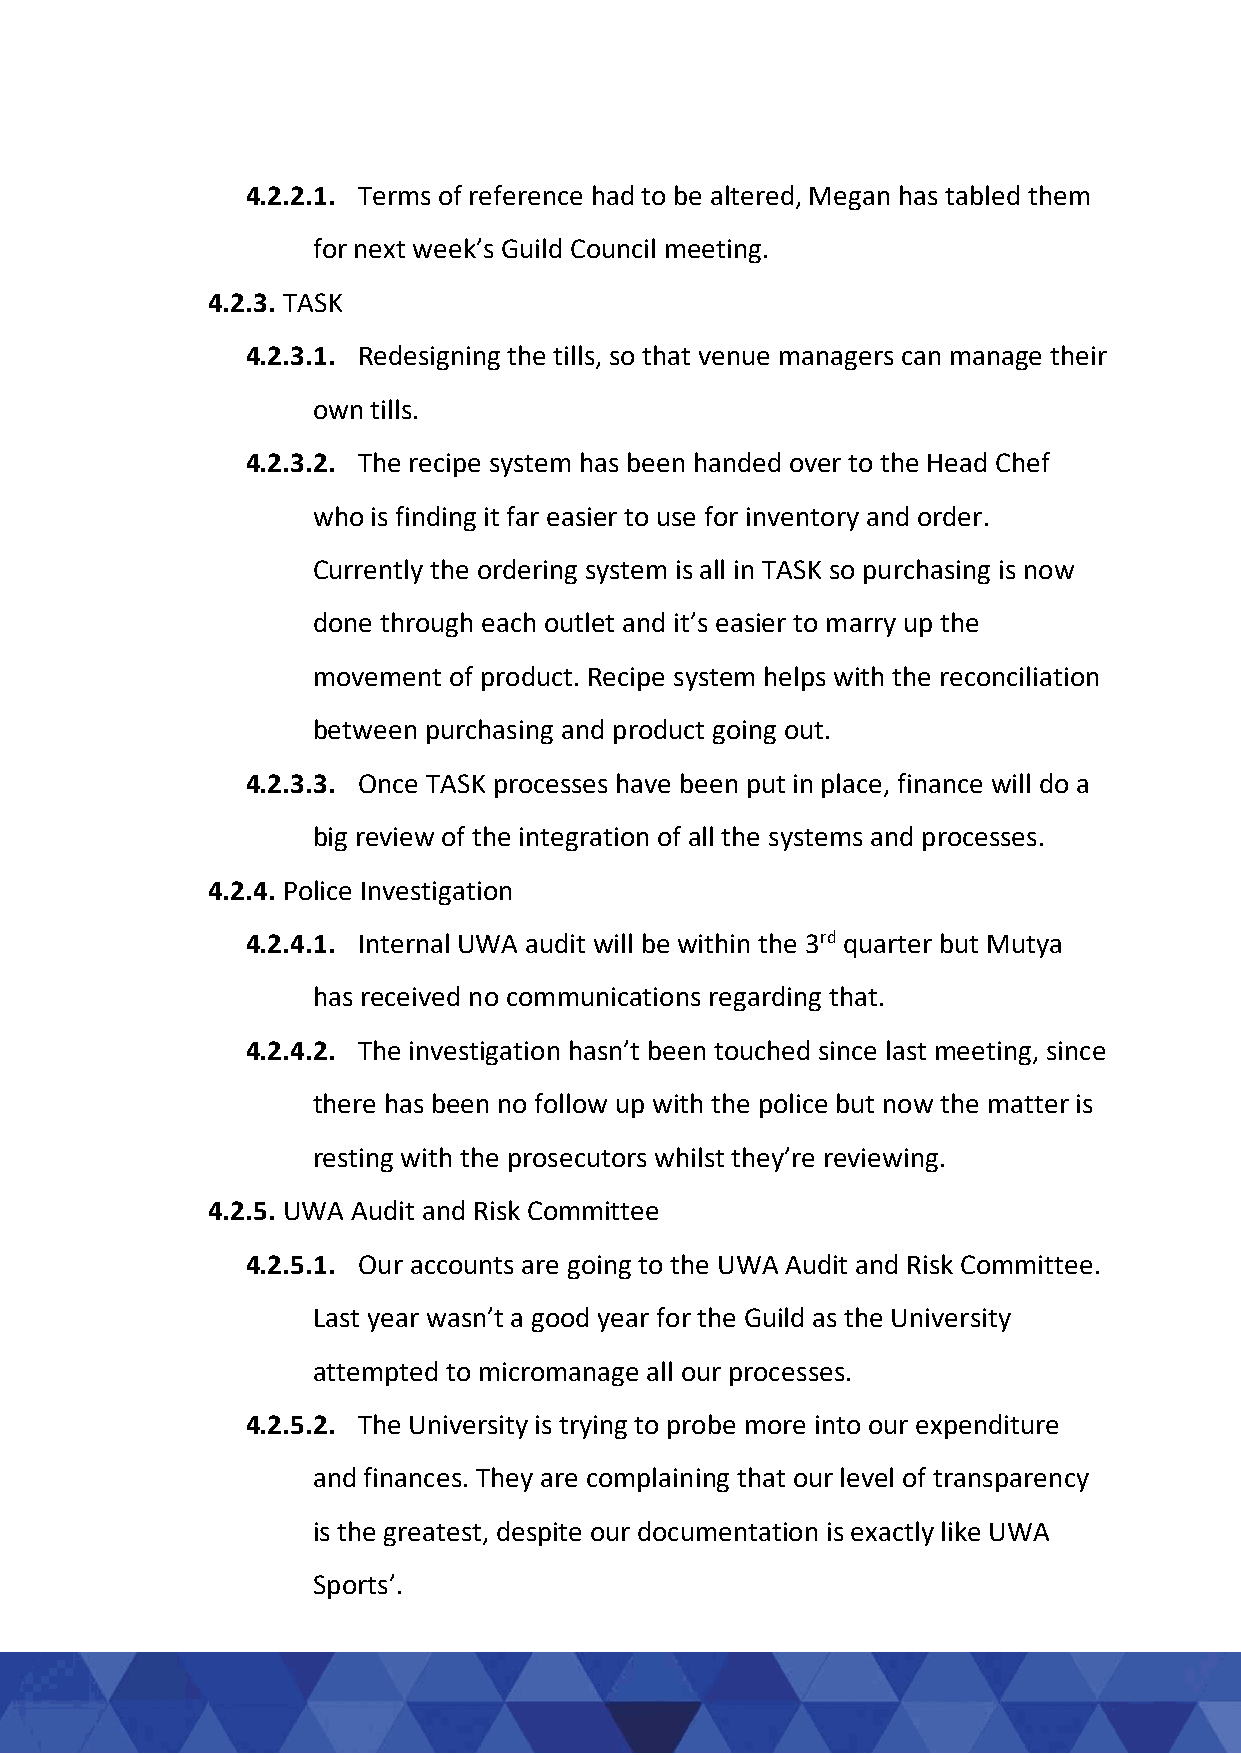
4.2.2.1. Terms of reference had to be altered, Megan has tabled them
 for next week’s Guild Council meeting.
 4.2.3. TASK
 4.2.3.1. Redesigning the tills, so that venue managers can manage their
 own tills.
 4.2.3.2. The recipe system has been handed over to the Head Chef
 who is finding it far easier to use for inventory and order.
 Currently the ordering system is all in TASK so purchasing is now
 done through each outlet and it’s easier to marry up the
 movement of product. Recipe system helps with the reconciliation
 between purchasing and product going out.
 4.2.3.3. Once TASK processes have been put in place, finance will do a
 big review of the integration of all the systems and processes.
 4.2.4. Police Investigation
 4.2.4.1. Internal UWA audit will be within the 3rd quarter but Mutya
 has received no communications regarding that.
 4.2.4.2. The investigation hasn’t been touched since last meeting, since
 there has been no follow up with the police but now the matter is
 resting with the prosecutors whilst they’re reviewing.
 4.2.5. UWA Audit and Risk Committee
 4.2.5.1. Our accounts are going to the UWA Audit and Risk Committee.
 Last year wasn’t a good year for the Guild as the University
 attempted to micromanage all our processes.
 4.2.5.2. The University is trying to probe more into our expenditure
 and finances. They are complaining that our level of transparency
 is the greatest, despite our documentation is exactly like UWA
 Sports’.